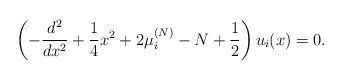
\begin{align*}\left( -{d^2\over dx^2}+{1\over 4}x^2+2\mu_i^{(N)}-N+{1\over 2}\right)u_i(x)=0.\end{align*}